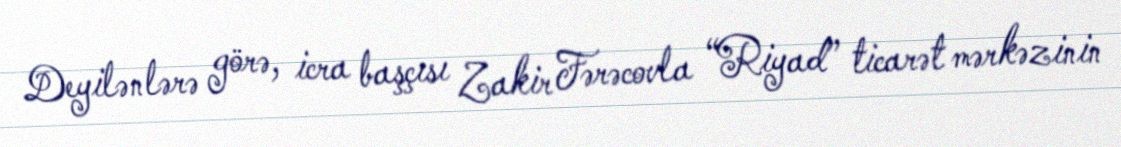
Deyilənlərə görə, icra başçısı Zakir Fərəcovla “Riyad” ticarət mərkəzinin